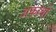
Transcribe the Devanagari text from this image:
अकाबो